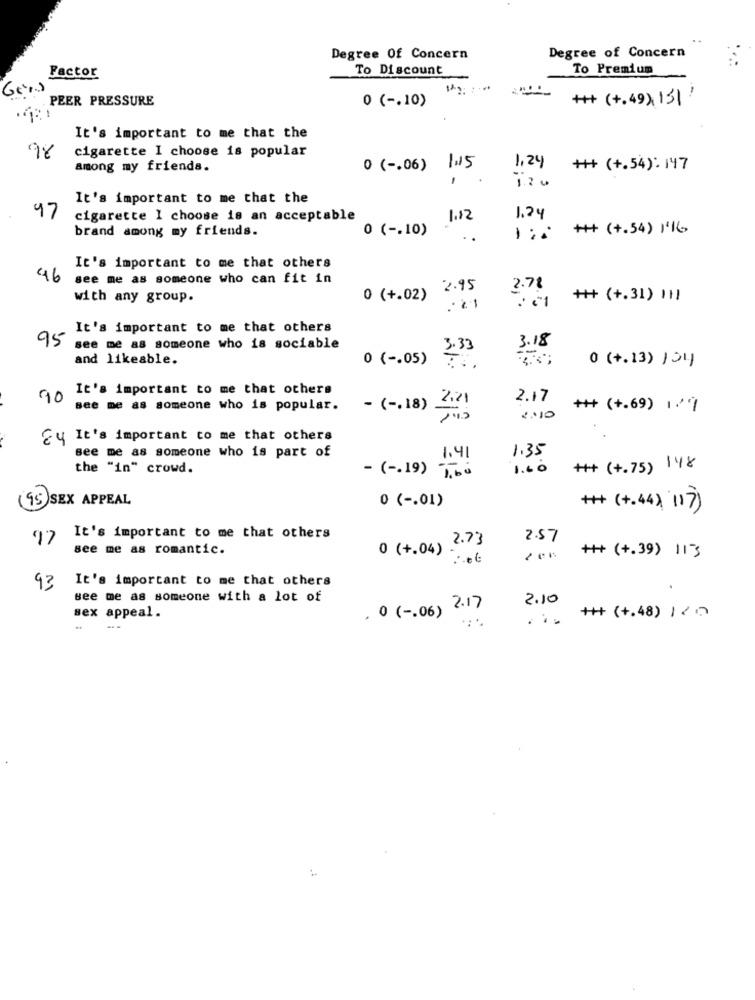
Degree Of Concern
Degree of Concern
To Discount
To Premium
Factor
Görs
. PEER PRESSURE
0 ( -. 10)
++ (+.49) 13)!
It's important to me that the
cigarette I choose is popular
among my friends.
0 ( -. 06)
1.15
1.24
+++ (+.54): 147
It's important to me that the
47
cigarette I choose is an acceptable
1.12
1.24
brand among my friends.
0 ( -. 10)
+++ (+.54) 1'16
It's important to me that others
46
see me as someone who can fit in
2.95
2.78
with any group.
0 (+.02)
+++ (+.31) 111
It's important to me that others
95
see me as someone who is sociable
3.33
3.18
and likeable.
0 ( -. 05)
0 (+.13) 104
It's important to me that others
90
2.21
2.17
see me as someone who is popular.
- ( -. 18) .
+++ (+.69) 1'7
2:10
Eu It's important to me that others
see me as someone who is part of
1.35
1.41
the "in" crowd.
- ( -. 19)
1.60
++ (+.75) 148
(95) SEX APPEAL
0 ( -. 01)
+# (+ . 44) 117 )
It's important to me that others
2.73
2.57
see me as romantic.
++ (+.39) 11-3
0 (+.04)
It's important to me that others
93
see me as someone with a lot of
2.10
, 2.17
sex appeal.
. 0 ( -. 06)
... ** (+.48) 120